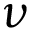
\nu